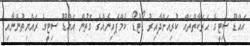
އައްޑޫ ސިޓީގެ ޙަރަކާތްތައް ކުރިއަށްދާއިރު ޑޯޓުޑޯ ކެމްޕެއިނެއްގެ ގޮތުން އައްޑޫ ސިޓީގެ ރައްޔިތުންނާއި